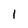
Character: 1